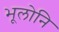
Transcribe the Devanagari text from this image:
भूलोनि